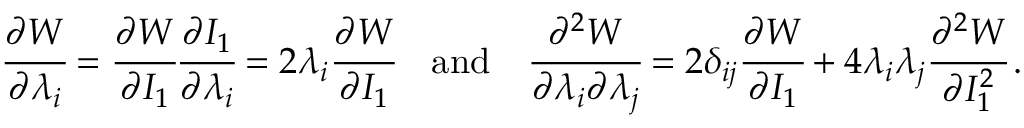
{ \cfrac { \partial W } { \partial \lambda _ { i } } } = { \cfrac { \partial W } { \partial I _ { 1 } } } { \cfrac { \partial I _ { 1 } } { \partial \lambda _ { i } } } = 2 \lambda _ { i } { \cfrac { \partial W } { \partial I _ { 1 } } } \quad { \mathrm { a n d } } \quad { \cfrac { \partial ^ { 2 } W } { \partial \lambda _ { i } \partial \lambda _ { j } } } = 2 \delta _ { i j } { \cfrac { \partial W } { \partial I _ { 1 } } } + 4 \lambda _ { i } \lambda _ { j } { \cfrac { \partial ^ { 2 } W } { \partial I _ { 1 } ^ { 2 } } } \, .